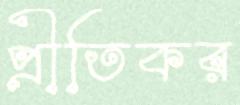
প্রীতিকর